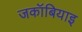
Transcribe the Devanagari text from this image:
जकॉबियाइ